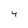
Character: Y